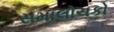
સમાલોચકો